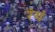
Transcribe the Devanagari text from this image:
रंयं